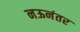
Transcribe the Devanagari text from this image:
नऊनंतर